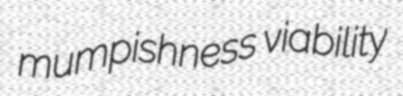
mumpishness viability